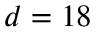
d = 1 8